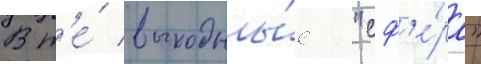
В т'е́ выходны́е "сф'е́ра"